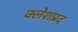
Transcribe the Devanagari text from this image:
क्लेशप्रद